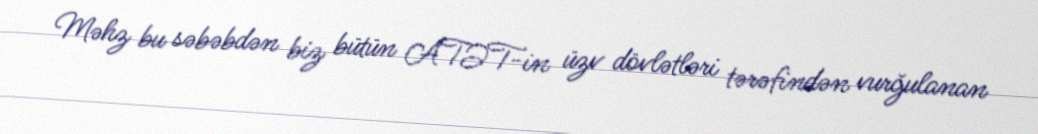
Məhz bu səbəbdən biz bütün ATƏT-in üzv dövlətləri tərəfindən vurğulanan